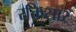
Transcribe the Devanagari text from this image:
रक्तिसार